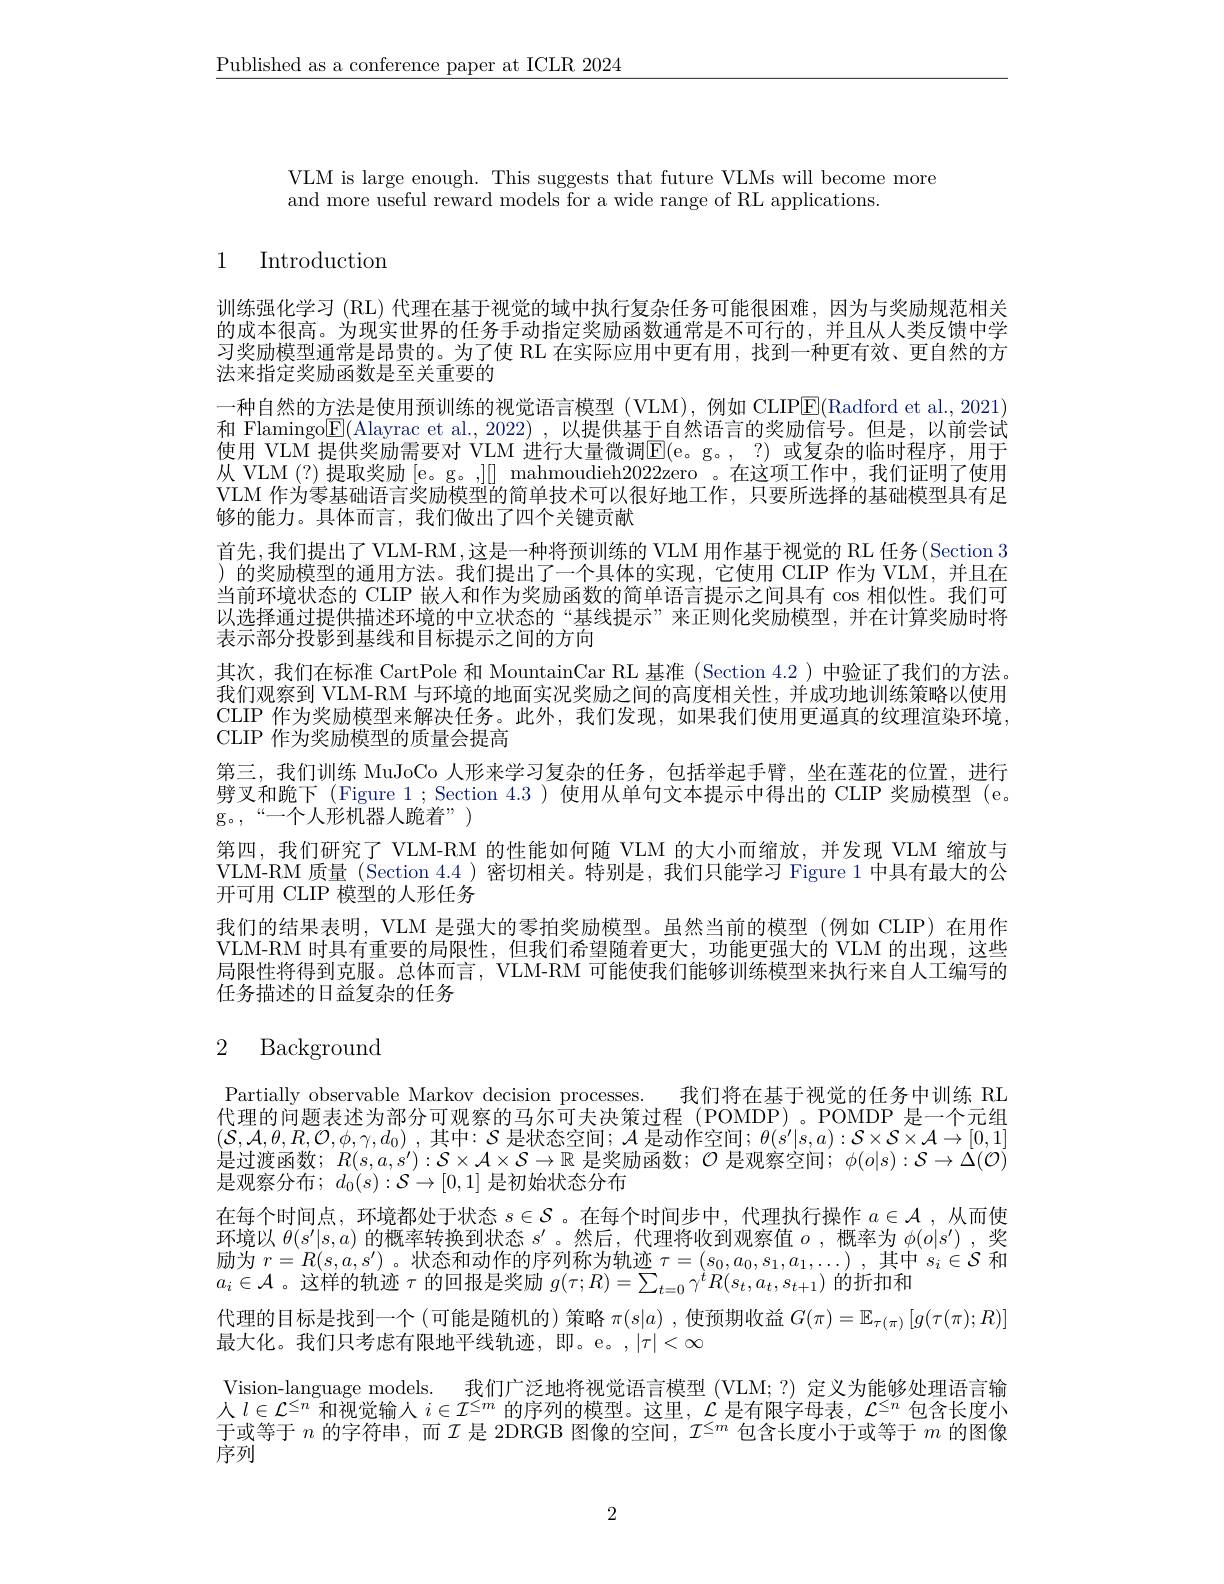
$\underline{\text{Published as a conference paper at ICLR 2024}}$

VLM is large enough. This suggests that future VLMs will become more
and more useful reward models for a wide range of RL applications

# 1 Introduction

训练强化学习 (RL) 代理在基于视觉的域中执行复杂任务可能很困难，因为与奖励规范相关的成本很高。为现实世界的任务手动指定奖励函数通常是不可行的，并且从人类反馈中学习奖励模型通常是昂贵的。为了使 RL 在实际应用中更有用，找到一种更有效、更自然的方法来指定奖励函数是至关重要的
一种自然的方法是使用预训练的视觉语言模型(VLM),例如 CLIP$\overline{\mathrm{E}}($Radford et al., 2021) 和 Flamingo$\boxed{\mathrm{F}}($Alayrac et al., 2022) , 以提供基于自然语言的奖励信号。但是，以前尝试使用 VLM 提供奖励需要对 VLM 进行大量微调E( e。g。, ? ) 或复杂的临时程序，用于从 VLM (?)提取奖励 [e。g。,]] mahmoudieh2022zero 。在这项工作中，我们证明了使用VLM 作为零基础语言奖励模型的简单技术可以很好地工作，只要所选择的基础模型具有足够的能力。具体而言，我们做出了四个关键贡献
首先，我们提出了VLM-RM,这是一种将预训练的 VLM 用作基于视觉的 RL 任务( Section 3 )的奖励模型的通用方法。我们提出了一个具体的实现，它使用 CLIP 作为 VLM,并且在当前环境状态的 CLIP 嵌人和作为奖励函数的简单语言提示之间具有$\cos$相似性。我们可以选择通过提供描述环境的中立状态的“基线提示”来正则化奖励模型，并在计算奖励时将表示部分投影到基线和目标提示之间的方向
其次，我们在标准 CartPole 和 MountainCar RL 基准 (Section 4.2)中验证了我们的方法。我们观察到 VLM-RM 与环境的地面实况奖励之间的高度相关性，并成功地训练策略以使用CLIP 作为奖励模型来解决任务。此外，我们发现，如果我们使用更逼真的纹理渲染环境， CLIP 作为奖励模型的质量会提高
第三，我们训练 MuJoCo\_人形来学习复杂的任务，包括举起手臂，坐在莲花的位置，进行劈叉和跪下(Figure 1 ; Section 4.3 ) 使用从单句文本提示中得出的 CLIP 奖励模型 (e。$\begin{array}{ll}{\mathrm{g。,~“—个人形机器人跪着”}}\\\end{array})$
第四，我们研究了 VLM-RM 的性能如何随 VLM 的大小而缩放，并发现 VLM 缩放与VLM-RM 质量 (Section 4.4 )密切相关。特别是，我们只能学习 Figure 1 中具有最大的公开可用 CLIP 模型的人形任务
我们的结果表明，VLM 是强大的零拍奖励模型。虽然当前的模型(例如 CLIP)在用作VLM-RM 时具有重要的局限性，但我们希望随着更大，功能更强大的 VLM 的出现，这些局限性将得到克服。总体而言，VLM-RM 可能使我们能够训练模型来执行来自人工编写的任务描述的日益复杂的任务

# 2 Background

Partially observable Markov decision processes.
我们将在基于视觉的任务中训练 RL
代理的问题表述为部分可观察的马尔可夫决策过程 (POMDP)。POMDP 是一个元组$( \mathcal{S} , \mathcal{A} , \theta , R, \mathcal{O} , \phi , \gamma , d_{0})$ , 其中$:\mathcal{S}$ 是状态空间$;\mathcal{A}$ 是动作空间$;\theta(s^\prime|s,a):\mathcal{S}\times\mathcal{S}\times\mathcal{A}\to[0,1]$ 是过渡函数；$R(s,a,s^{\prime}):\mathcal{S}\times\mathcal{A}\times\mathcal{S}\to\mathbb{R}$ 是奖励函数；$\mathcal{O}$ 是观察空间$;\phi(o|s):\mathcal{S}\to\dot{\Delta}(\mathcal{O})$ 是观察分布；$d_0( s) : \mathcal{S} \to [ 0, 1]$ 是初始状态分布
在每个时间点，环境都处于状态$s\in\mathcal{S}$ 。在每个时间步中，代理执行操作$a\in\mathcal{A}$ ,从而使环境以$\theta(s^\prime|s,a)$的概率转换到状态$s^\prime$。然后，代理将收到观察值$o$ ,概率为$\phi(o|s^{\prime})$ ,奖励为$r=R(s,a,s^{\prime})$。状态和动作的序列称为轨迹$\tau=(s_0,a_0,s_1,a_1,\ldots)$ ,其中$s_i\in\mathcal{S}$和$a_{i}\in\mathcal{A}$ 。这样的轨迹$\tau$的回报是奖励$g(\tau;R)=\sum_t=0\gamma^{t}R(s_{t},a_{t},s_{t+1})$的折扣和
代理的目标是找到一个 (可能是随机的)策略$\pi(s|a)$ ,使预期收益$G(\pi)=\mathbb{E}_{\tau(\pi)}\left[g(\tau(\pi);R)\right]$
最大化。我们只考虑有限地平线轨迹，即。e。,$|\tau|<\infty$
Vision-language models. 我们广泛地将视觉语言模型 (VLM;?)定义为能够处理语言输人$l\in\mathcal{L}^{\leq n}$和视觉输人$i\in\mathcal{I}^\leq m$的序列的模型。这里，$\mathcal{L}$是有限字母表，$\mathcal{L}^\leq n$包含长度小于或等于$n$的字符串，而$\mathcal{I}$是 2DRGB 图像的空间，$\mathcal{I}^\leq m$包含长度小于或等于$m$的图像序列

2